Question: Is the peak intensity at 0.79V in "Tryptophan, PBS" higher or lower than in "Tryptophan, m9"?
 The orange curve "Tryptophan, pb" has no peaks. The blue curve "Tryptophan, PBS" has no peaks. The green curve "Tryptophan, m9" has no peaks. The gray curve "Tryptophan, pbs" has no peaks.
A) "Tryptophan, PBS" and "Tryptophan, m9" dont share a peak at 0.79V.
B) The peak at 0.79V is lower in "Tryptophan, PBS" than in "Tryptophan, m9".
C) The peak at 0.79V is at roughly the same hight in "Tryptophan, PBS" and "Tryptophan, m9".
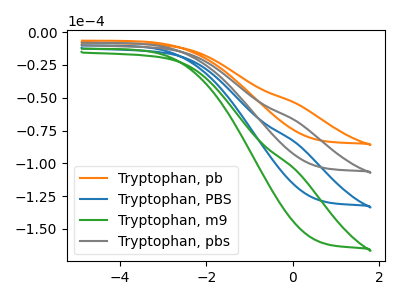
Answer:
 <answer>A) "Tryptophan, PBS" and "Tryptophan, m9" dont share a peak at 0.79V.</answer>
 <eval>A</eval>